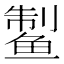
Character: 𱇹